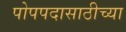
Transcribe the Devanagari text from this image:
पोपपदासाठीच्या